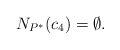
\begin{align*}N_{P^*}(c_4)=\emptyset.\end{align*}